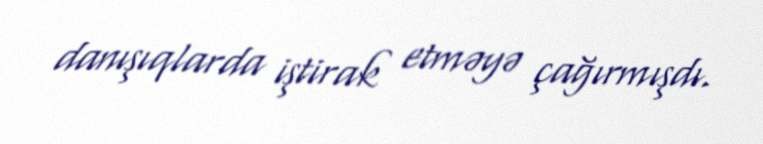
danışıqlarda iştirak etməyə çağırmışdı.